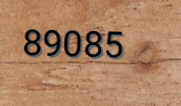
89085